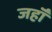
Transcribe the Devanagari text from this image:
जहॉँ